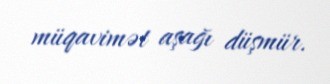
müqavimət aşağı düşmür.